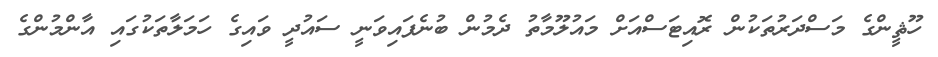
ހޫޘީންގެ މަސްދަރުތަކުން ރޮއިޓަސްއަށް މައުލޫމާތު ދެމުން ބުނެފައިވަނީ ސައުދީ ވައިގެ ހަމަލާތަކުގައި އާންމުންގެ